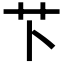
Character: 𫇥